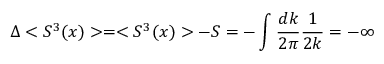
\Delta < S ^ { 3 } ( x ) > = < S ^ { 3 } ( x ) > - S = - \int \frac { d k } { 2 \pi } \frac { 1 } { 2 k } = - \infty